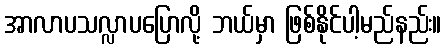
အာလာပသလ္လာပပြောလို့ ဘယ်မှာ ဖြစ်နိုင်ပါ့မည်နည်း။